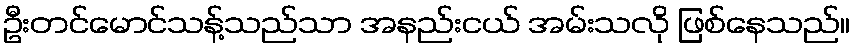
ဦးတင်မောင်သန့်သည်သာ အနည်းငယ် အမ်းသလို ဖြစ်နေသည်။